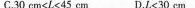
C.30cmsL45cmDJ30cm